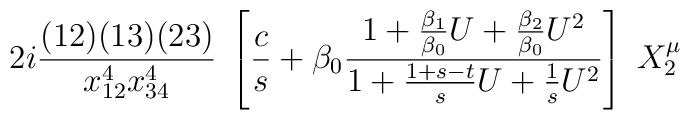
2i{(12)(13)(23)\over x^4_{12}x^4_{34}}\;\left[{c\over s} + \beta_0 {1 + {\beta_1\over \beta_0} U +{\beta_2\over \beta_0} U^2 \over  1 + {1+s-t\over s}U +{1\over s}U^2}\right] \;  X^\mu_2